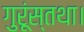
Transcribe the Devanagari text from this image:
गुरूंस्तथा।